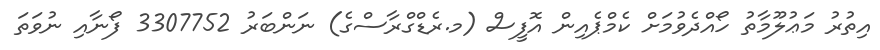
އިތުރު މަޢުލޫމާތު ހޯއްދެވުމަށް ކެމްޕެއިން އޮފީސް (މ.ރެޑްގްރާސްގެ) ނަންބަރު 3307752 ފޯނާއި ނުވަތަ